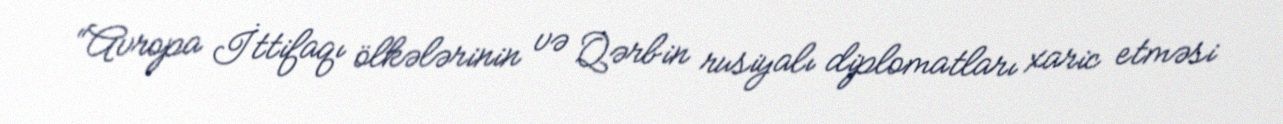
“Avropa İttifaqı ölkələrinin və Qərbin rusiyalı diplomatları xaric etməsi